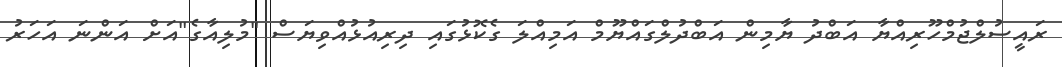
ރައީސުލްޖުމްހޫރިއްޔާ އަބްދު ޔާމިން އަބްދުލްގައްޔޫމް އަމިއްލަ ގެކޮޅުގައި ދިރިއުޅުއްވިޔަސް "މުލިއާގެ"އަށް އަންނަ އަހަރު